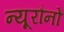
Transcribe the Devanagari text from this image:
न्यूरौनों